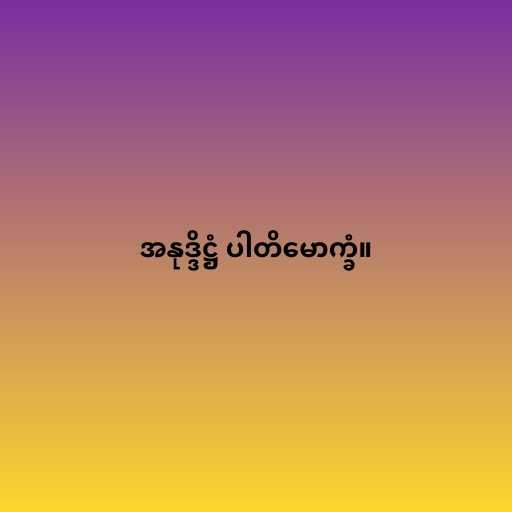
အနုဒ္ဒိဋ္ဌံ ပါတိမောက္ခံ။